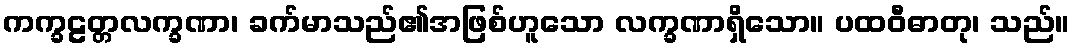
ကက္ခဠတ္တလက္ခဏာ၊ ခက်မာသည်၏အဖြစ်ဟူသော လက္ခဏာရှိသော။ ပထဝီဓာတု၊ သည်။